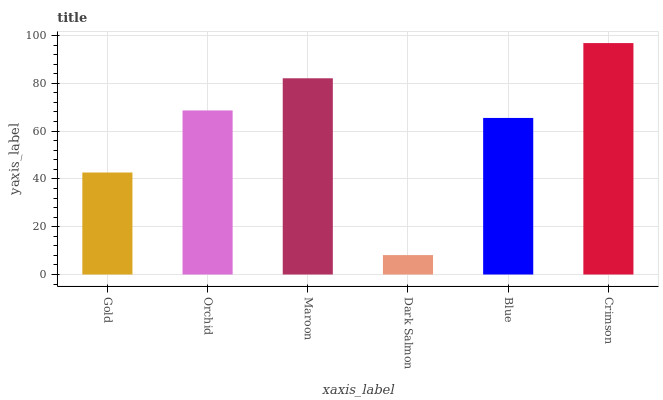
| xaxis_label | bars |
 | --- | --- |
 | Gold | 42.7 |
 | Orchid | 68.6 |
 | Maroon | 82.1 |
 | Dark Salmon | 8.13 |
 | Blue | 65.5 |
 | Crimson | 96.8 |